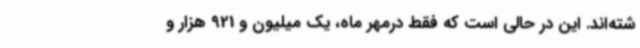
شته‌اند. این در حالی است که فقط درمهر ماه، یک میلیون و 921 هزار و